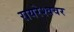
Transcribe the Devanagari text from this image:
रायरेश्ववर